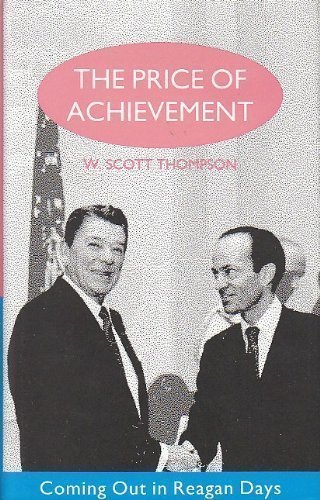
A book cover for Price of Achievement: Coming Out in Reagan Days (Cassell Lesbian and Gay Studies List); W. Scott Thompson; Gay & Lesbian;